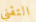
التقني